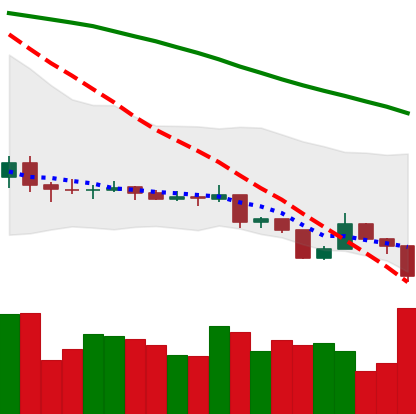
Ticker: XLM-USD
Chart end date: 2019-08-14
Forward return: 3.776%
Label: up_3_5